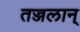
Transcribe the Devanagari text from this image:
तज्जलान्